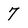
Character: 7